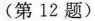
(第12题)